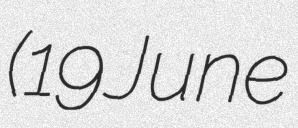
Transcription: (19 June